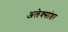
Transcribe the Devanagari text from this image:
अलेक्सांडर